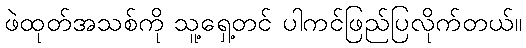
ဖဲထုတ်အသစ်ကို သူ့ရှေ့တင် ပါကင်ဖြည်ပြလိုက်တယ်။